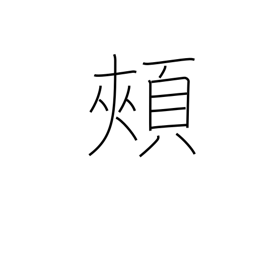
Meaning: jaw